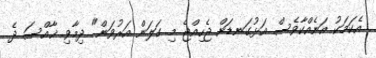
އެކަމަކު އަނެއްކާވެސް އަޅުގަނޑަށް ޖެހިއްޖެ މި ގަލަން އަރުވަން" ދިމާވި ޚާއްސަ ދެ